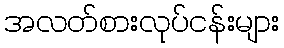
အလတ်စားလုပ်ငန်းများ